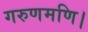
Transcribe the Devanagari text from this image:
गरुणमणि।